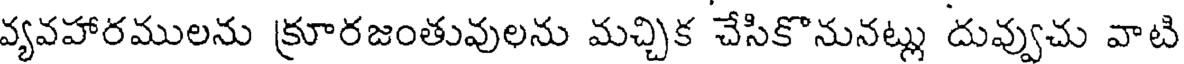
వ్యవహారములను క్రూరజంతువులను మచ్చిక చేసికొనునట్లు దువ్వుచు వాటి